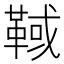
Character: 𩋉